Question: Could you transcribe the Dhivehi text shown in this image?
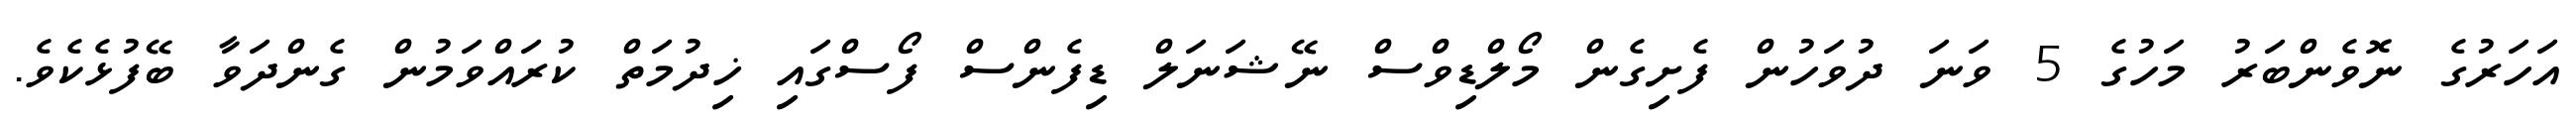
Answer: އަހަރުގެ ނޮވެންބަރު މަހުގެ 5 ވަނަ ދުވަހުން ފެށިގެން މޯލްޑިވްސް ނޭޝަނަލް ޑިފެންސް ފޯސްގައި ޚިދުމަތް ކުރައްވަމުން ގެންދަވާ ބޭފުޅެކެވެ.